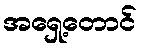
အရှေ့တောင်